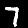
Digit: 7